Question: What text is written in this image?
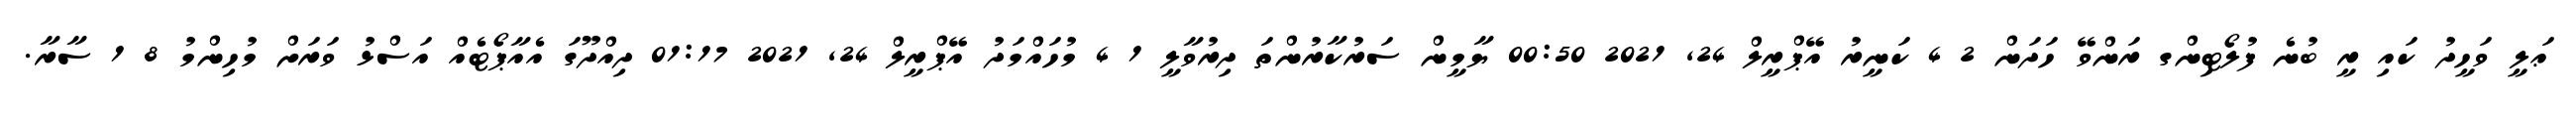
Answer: ޢަލީ ވަހީދު ކައި ރީ ބުނެ ފުލޯޓިންގ ރަންވޭ ހަދަން 2 4 ކަނީރު އޭޕްރީލް 24, 2021 00:50 ޔާމީން ސަރުކާރުންތަ ދިރުވާލީ 1 4 މުހައްމަދު އޭޕްރީލް 24, 2021 01:17 ދިއްދޫގަ އެއާޕޯޓެއް އަސްޅު ވަރަށް މުހިންމު 8 1 ސާރާ.